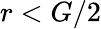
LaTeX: r<G/2